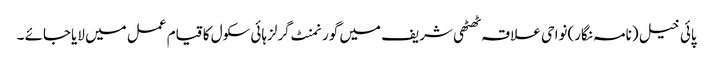
پائی خیل (نامہ نگار)نواحی علاقہ ٹھٹھی شریف میں گورنمنٹ گرلزہائی سکول کا قیام عمل میں لایاجائے ۔